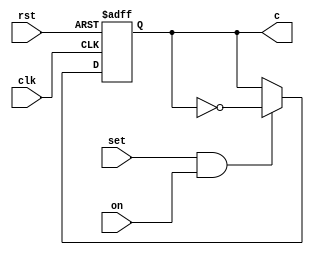
`timescale 1ns / 1ps
//////////////////////////////////////////////////////////////////////////////////
// Company: 
// Engineer: 
// 
// Design Name: 
// Module Name:    h1224adj 
// Project Name: 
// Target Devices: 
// Tool versions: 
// Description: 
//
// Dependencies: 
//
// Revision: 
// Revision 0.01 - File Created
// Additional Comments: 
//
//////////////////////////////////////////////////////////////////////////////////
module ModeCounter (
	 input on,
    input clk,
    input rst,
	 input set,
    output reg c
	);
	
	initial begin
		c = 0;
	end
    always @(posedge clk or posedge rst) begin
        if (rst) c <= 0;
        else if (set & on) c <= ~c;
    end


endmodule